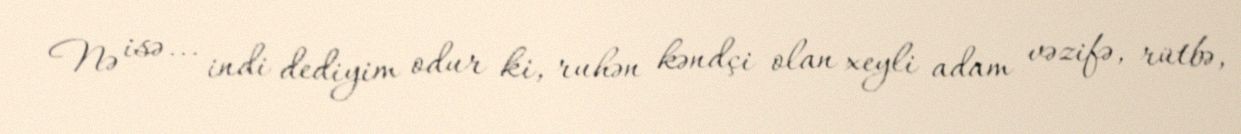
Nə isə... indi dediyim odur ki, ruhən kəndçi olan xeyli adam vəzifə, rütbə,